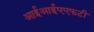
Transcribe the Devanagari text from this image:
आईआईएएफटी